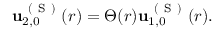
\begin{array} { r } { \mathbf { u } _ { 2 , 0 } ^ { \mathrm { ~ ( ~ S ~ ) ~ } } ( r ) = \Theta ( r ) \mathbf { u } _ { 1 , 0 } ^ { \mathrm { ~ ( ~ S ~ ) ~ } } ( r ) . } \end{array}